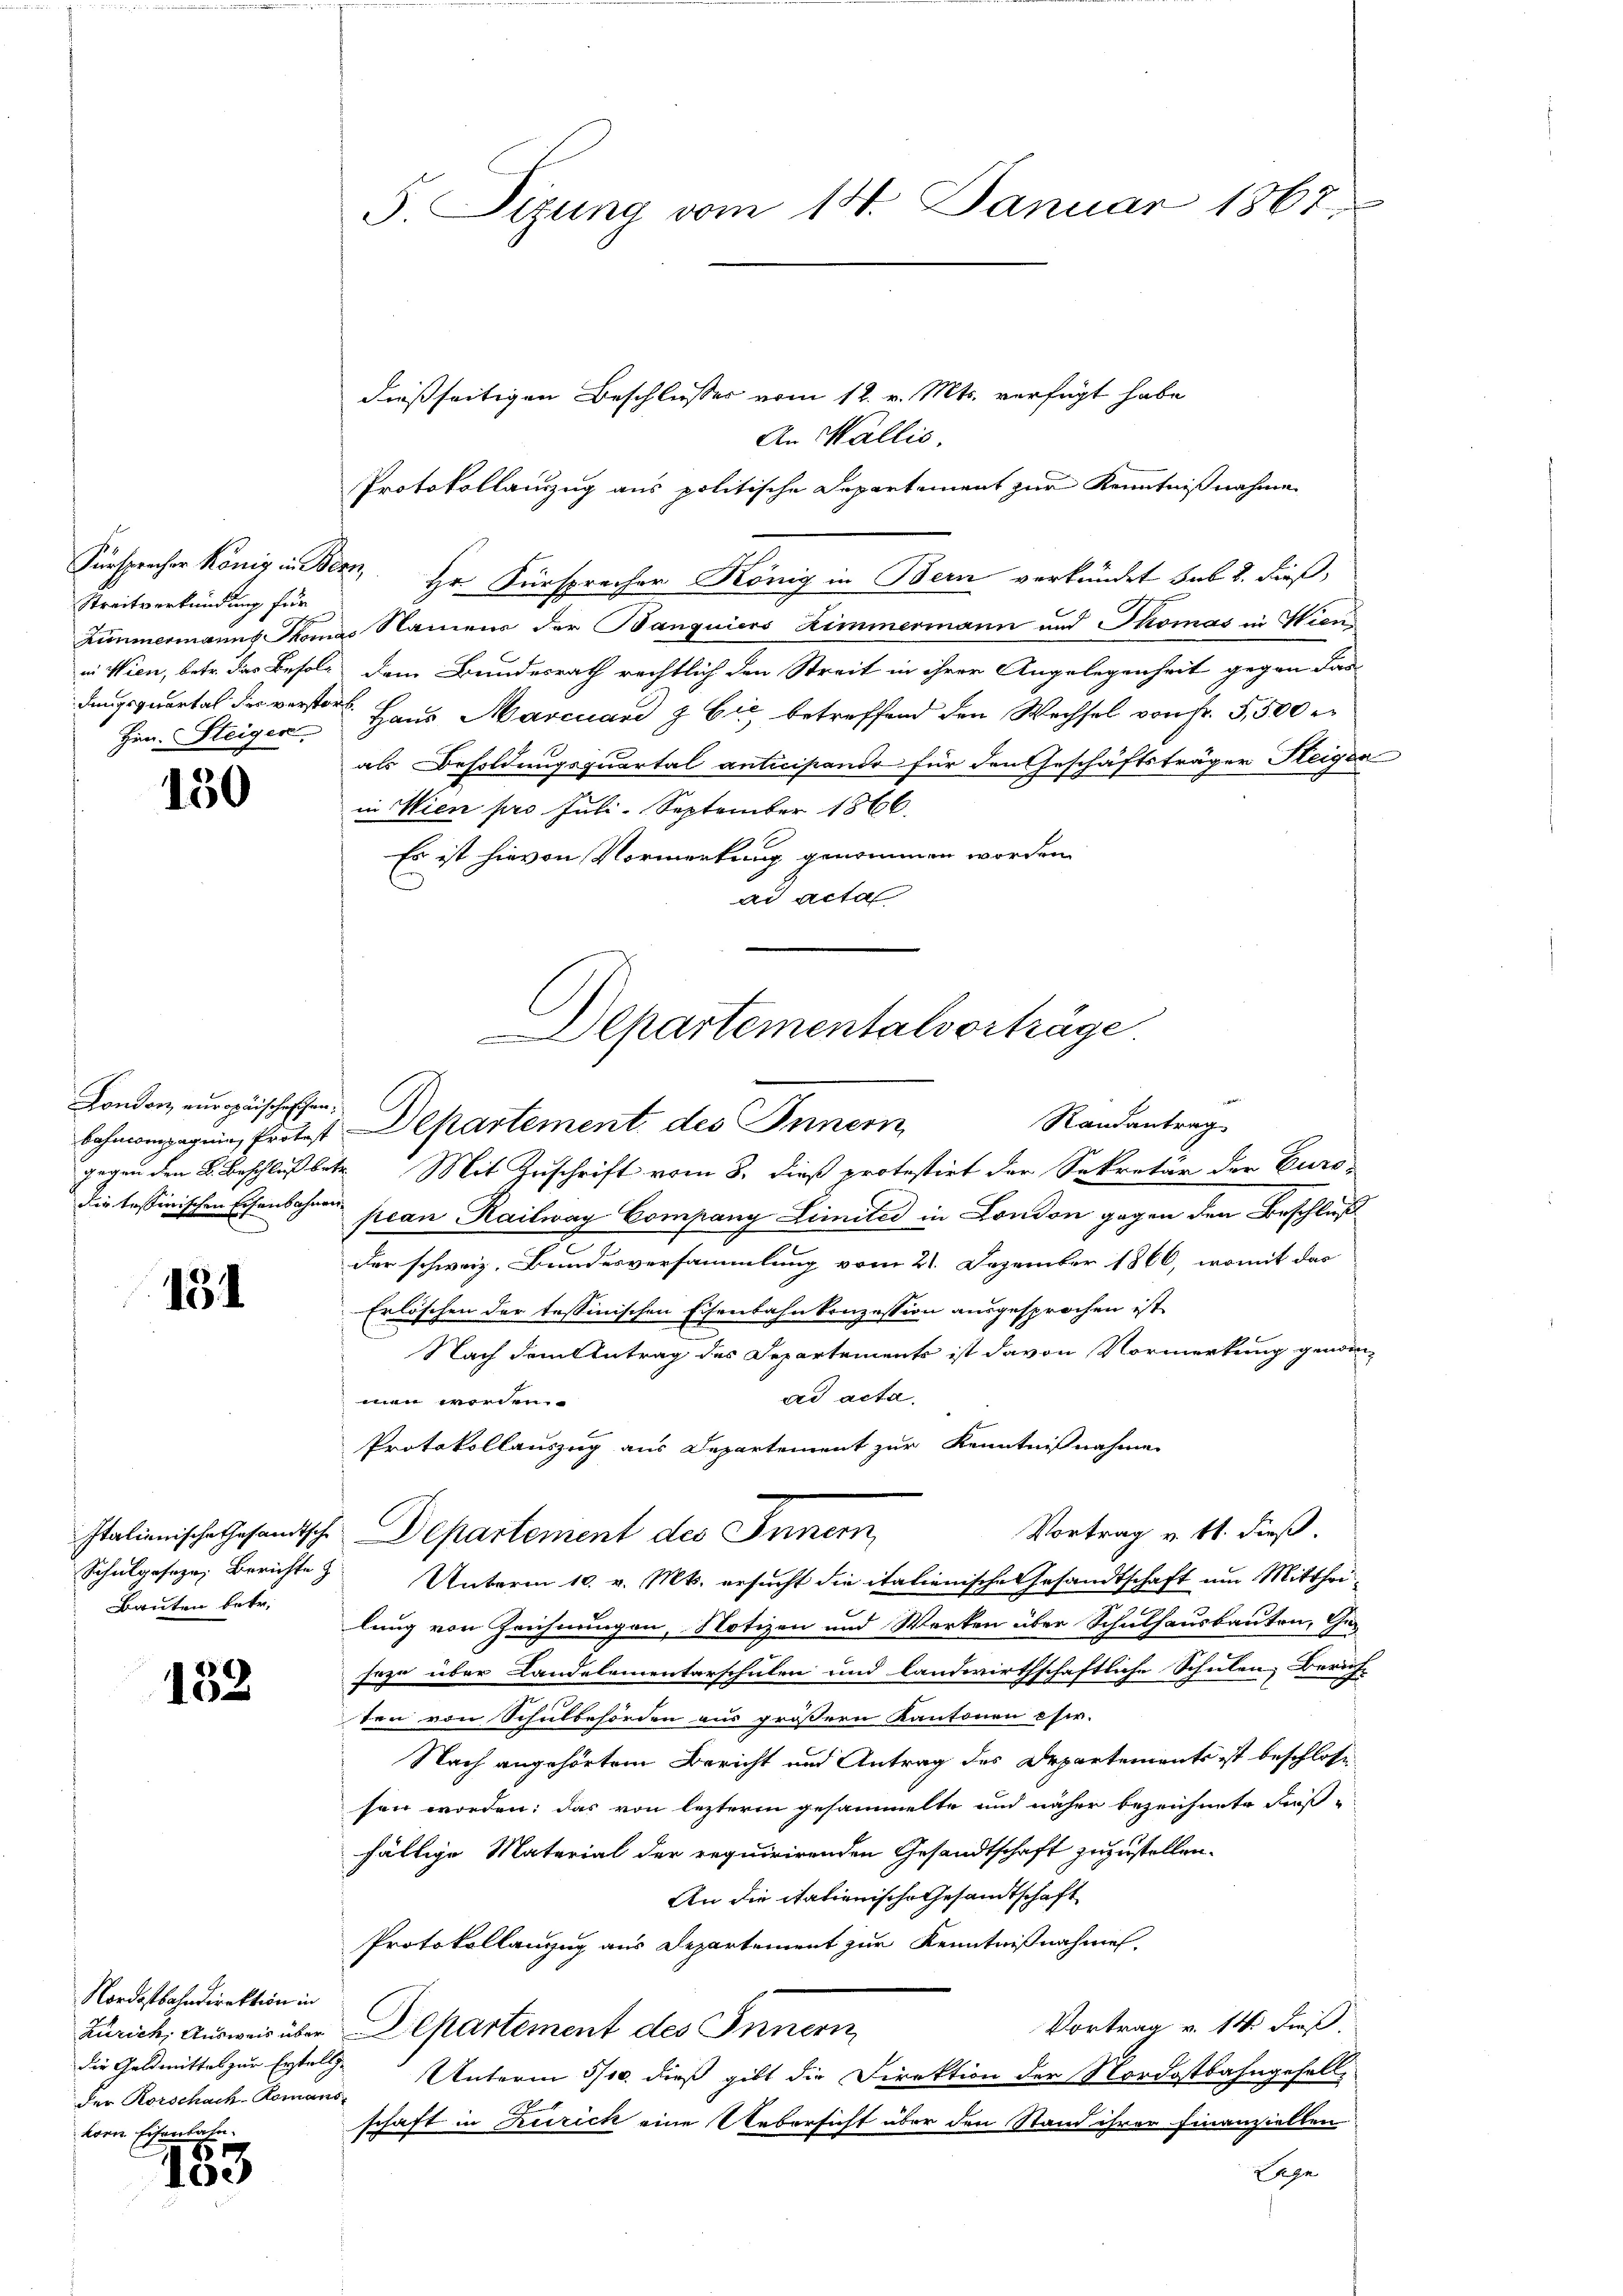
Fürsprecher König in Be
Streitverkündung für
Zimmermanns Mom
in Wien, betr. das Befolg
dungsquartal des verste¬
Him: Steigen

150

London europäische schendie tessinischen Eisenbahnen.

131

Italienische Gesandtsche
Schulgesezen Berichte z
Bauten betr.

132

Nordostbahndirektion in
Zürich, Ausweis über
die Geldmittel zur Erstellg.
der Rorschach-Romans
korn Eisenbahn.

85
100

S. Sizung vom 14. Januar 1867.

dießseitigen Beschlusses vom 12. v. Mts. verfügt habe
An Wallis.
Protokollanzug aus politische Departement zur Kenntnißnahme
M. Hr. Fürsprecher König in Bern verkündet sub 8. dieß,
es Namens der Banquiers Zimmermann und Thomas in Wien
dem Bundesrath rechtlich den Streit in ihrer Angelegenheit gegen das
 Haus Marcuard & Cie betreffend den Wechsel von Fr. 5,500 r
als Besoldungsquartal anticipando für den Geschäftsträger Keigsa
in Wien pro Juli. September 1866.
Es ist hievon Vormerkung genommen worden.
ad Acta
gegen den 2. Beschluß betr. Mit Zuschrift vom 8. dieß protestirt der Sekretär der Euro-
pean Railway Company Limites in London gegen den Beschluß
der schweiz. Bundesversammlung vom 21. Dezember 1866, womit das
Erlöschen der tessinischen Eisenbahnkonzession ausgesprochen ist,
Nach dem Antrag des Departements ist davon Vormerkung genom-
ad acta.
men worden.
Protokollauszug aus Departement zur Kenntnißnahme
Vortrag v. 11. dieß.
Departement des Innern,
Unterm 10. v. Mts. ersucht die italienische Gesandtschaft um Mittheilung von Zeichnungen, Notizen und Worten über Schulhausbauten, Ge-
soze über Landelementarschulen und landwirthschaftliche Schulen Bericht
ten von Schulbehörden aus größern Kantonen chir-
Nach angehörtem Bericht und Antrag des Departements ist beschlosse
sen worden; das von lezterm gesammelte und näher bezeichnete Fas-
fältige Material der requirirenden Gesandtschaft zuzustellen.
An die itationische Gesandtschaft
Protokollanzug aus Departement zur Kenntnißnahmen.
Vortrag v. 14 dieß.
Departement des Innern
Unterm 5/10. dieß gibt die Direktion der Nordostbahngefall
schaft in Zürich eine Uebersicht über den Stand ihrer Finanziellen
gn

Departementalverträge
Randantrag
lahmompagnie, fortest Departement des Innern